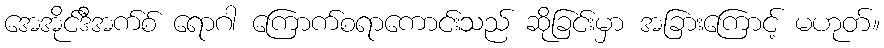
အေအိုင်ဒီအက်စ် ရောဂါ ကြောက်စရာကောင်းသည် ဆိုခြင်းမှာ အခြားကြောင့် မဟုတ်။